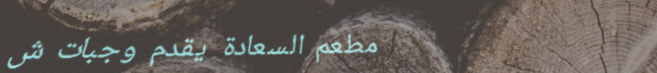
مطعم السعادة يقدم وجبات ش